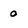
Character: 0